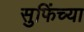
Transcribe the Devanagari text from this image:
सुफिंच्या